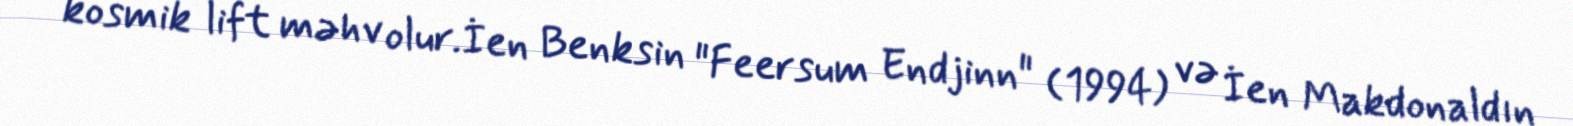
kosmik lift məhv olur.İen Benksin "Feersum Endjinn" (1994) və İen Makdonaldın